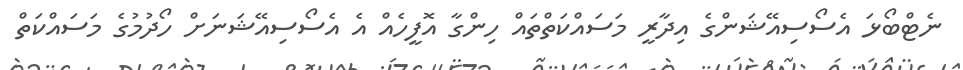
ނެޓްބޯޅަ އެސޯސިއޭޝަންގެ އިދާރީ މަސައްކަތްތައް ހިންގާ އޮފީހެއް އެ އެސޯސިއޭޝަނަށް ހޯދުމުގެ މަސައްކަތް